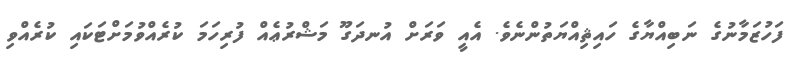
ފަހުޒަމާނުގެ ނަބިއްޔާގެ ހައިޘިއްޔަތުންނެވެ. އެއީ ވަރަށް އުނދަގޫ މަޝްރުޢެއް ފުރިހަމަ ކުރެއްވުމަށްޓަކައި ކުރެއްވި